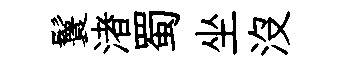
鬟渚蜀坐没